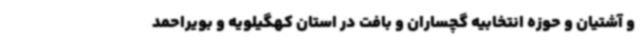
و آشتیان و حوزه انتخابیه گچساران و بافت در استان کهگیلویه و بویراحمد